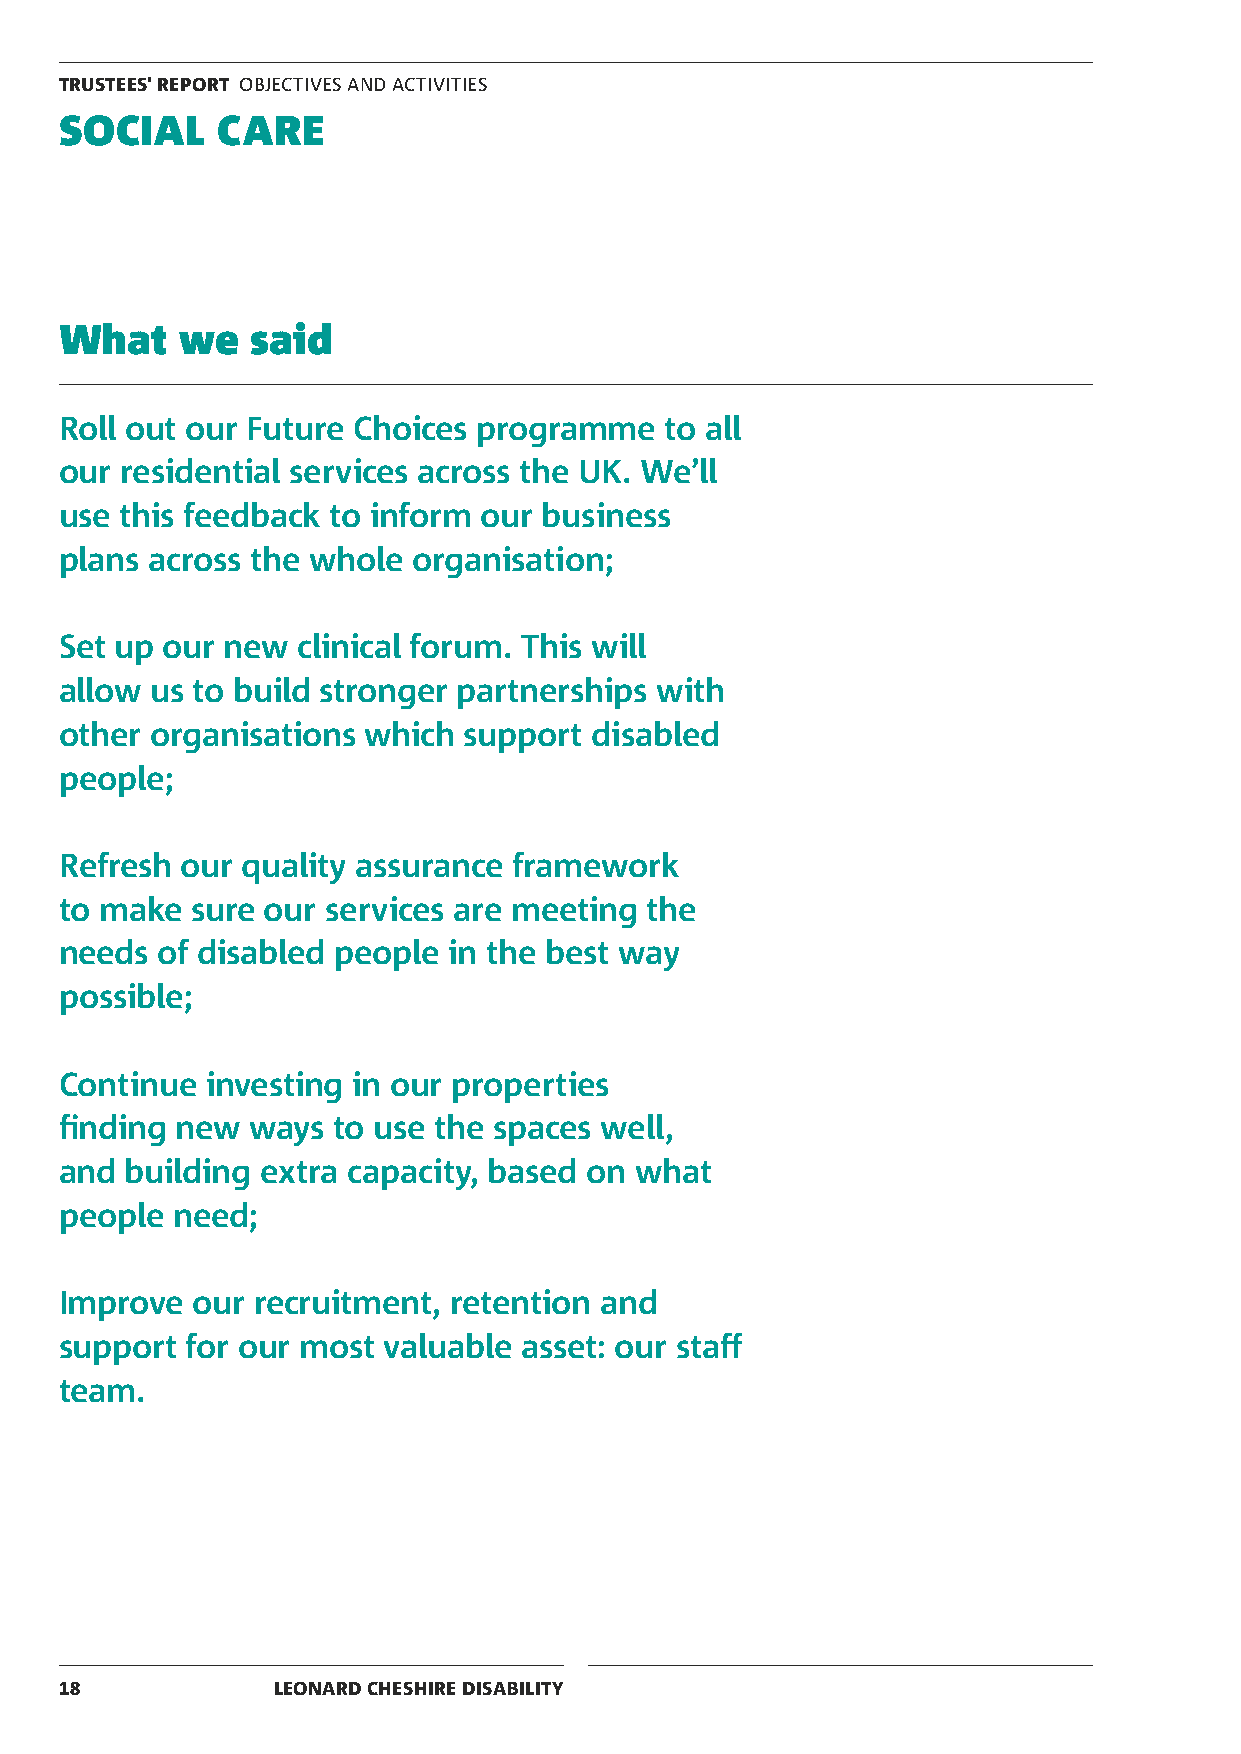
TRUSTEES' REPORT OBJECTIVES AND ACTIVITIES
 SOCIAL    CARE
 What    we   said
 Roll out our Future Choices programme   to all
 our residential services across the UK. We’ll
 use this feedback to inform our business
 plans across the whole organisation;
 Set up our new  clinical forum. This will
 allow us to build stronger partnerships with
 other organisations which  support disabled
 people;
 Refresh our quality assurance framework
 to make  sure our services are meeting the
 needs of disabled people  in the best way
 possible;
 Continue  investing in our properties
 finding new  ways to use the spaces well,
 and building extra capacity, based on what
 people need;
 Improve  our recruitment, retention and
 support for our most valuable asset: our staff
 team.
 18            LEONARD CHESHIRE DISABILITY